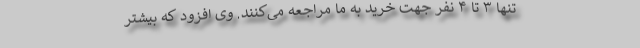
تنها ۳ تا ۴ نفر جهت خرید به ما مراجعه می‌کنند. وی افزود که بیشتر